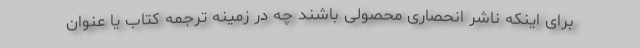
برای اینکه ناشر انحصاری محصولی باشند چه در زمینه ترجمه کتاب یا عنوان